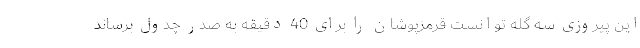
این پیروزی سه گله توانست قرمزپوشان را برای 40 دقیقه به صدر چدول برساند